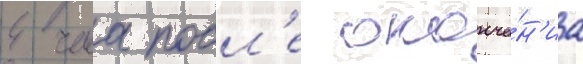
4 часа посл'е оконча́н'иа